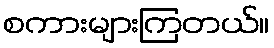
စကားများကြတယ်။